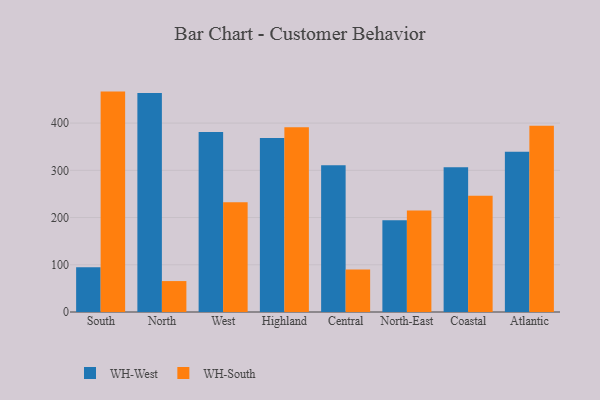
{"axis": {"x": "Region", "y": "Customer Acquisition Cost (USD)"}, "legend": ["WH-South", "WH-West"], "data": [{"x": "South", "y": 95.0, "type": "WH-West"}, {"x": "South", "y": 466.7, "type": "WH-South"}, {"x": "North", "y": 463.5, "type": "WH-West"}, {"x": "North", "y": 65.5, "type": "WH-South"}, {"x": "West", "y": 380.9, "type": "WH-West"}, {"x": "West", "y": 232.3, "type": "WH-South"}, {"x": "Highland", "y": 368.5, "type": "WH-West"}, {"x": "Highland", "y": 391.3, "type": "WH-South"}, {"x": "Central", "y": 310.5, "type": "WH-West"}, {"x": "Central", "y": 90.2, "type": "WH-South"}, {"x": "North-East", "y": 194.2, "type": "WH-West"}, {"x": "North-East", "y": 215.0, "type": "WH-South"}, {"x": "Coastal", "y": 306.4, "type": "WH-West"}, {"x": "Coastal", "y": 246.2, "type": "WH-South"}, {"x": "Atlantic", "y": 339.3, "type": "WH-West"}, {"x": "Atlantic", "y": 394.5, "type": "WH-South"}]}